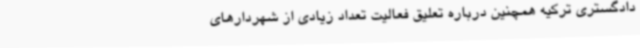
دادگستری ترکیه همچنین درباره تعلیق فعالیت تعداد زیادی از شهردارهای